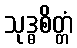
သုဒ္ဓစိတ္တံ